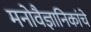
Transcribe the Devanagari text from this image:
मनोवैज्ञानिकांचे